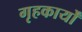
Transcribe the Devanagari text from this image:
गृहकार्यों